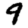
Digit: 9